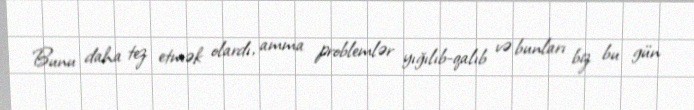
Bunu daha tez etmək olardı, amma problemlər yığılıb-qalıb və bunları biz bu gün